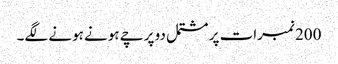
200 نمبرات پر مشتمل دو پرچے ہونے ہونے لگے۔